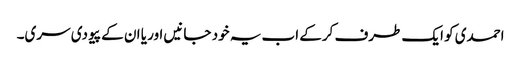
احمدی کو ایک طرف کرکے اب یہ خود جانیں اور یا ان کے پیو دی سری۔